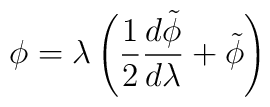
\phi=\lambda\left(\frac{1}{2}\frac{d\tilde\phi}{d\lambda}+\tilde\phi\right)